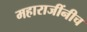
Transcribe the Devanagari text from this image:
महाराजींनीच